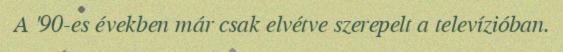
A '90-es években már csak elvétve szerepelt a televízióban.